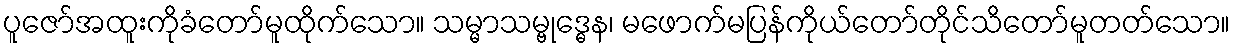
ပူဇော်အထူးကိုခံတော်မူထိုက်သော။ သမ္မာသမ္ဗုဒ္ဓေန၊ မဖောက်မပြန်ကိုယ်တော်တိုင်သိတော်မူတတ်သော။